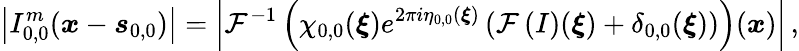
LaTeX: \left\vert I_{0,0}^{m}(\boldsymbol{x}-\boldsymbol{s}_{0,0})\right\vert=\left\vert\mathcal{F}^{-1}\left(\chi_{0,0}(\boldsymbol{\xi})e^{2\pi i\eta_{0,0}(\boldsymbol{\xi})}\left(\mathcal{F}\left(I\right)(\boldsymbol{\xi})+\delta_{0,0}(\boldsymbol{\xi})\right)\right)(\boldsymbol{x})\right\vert\, ,